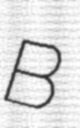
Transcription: B